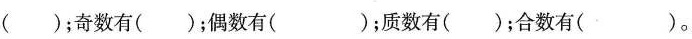
()；奇数有()；偶数有( )；质数有()；合数有()。